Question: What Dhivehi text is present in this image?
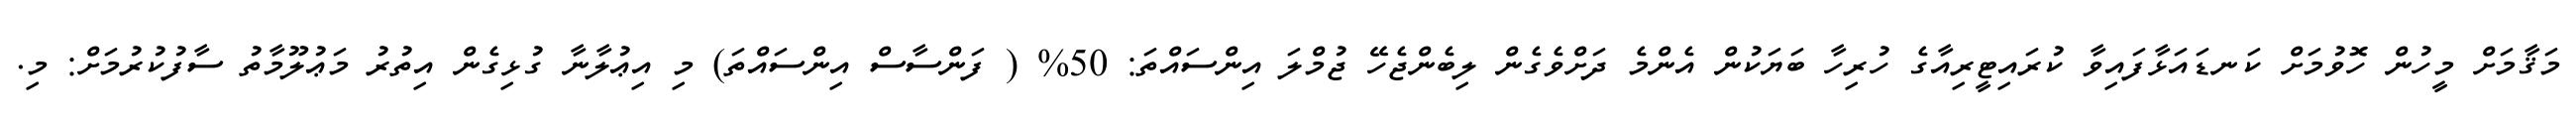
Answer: މަޤާމަށް މީހުން ހޮވުމަށް ކަނޑައަޅާފައިވާ ކުރައިޓީރިއާގެ ހުރިހާ ބަޔަކުން އެންމެ ދަށްވެގެން ލިބެންޖެހޭ ޖުމްލަ އިންސައްތަ: 50% ( ފަންސާސް އިންސައްތަ) މި އިޢުލާނާ ގުޅިގެން އިތުރު މަޢުލޫމާތު ސާފުކުރުމަށް: މި.